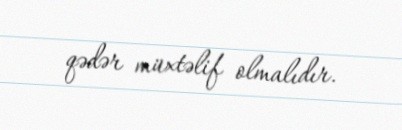
qədər müxtəlif olmalıdır.